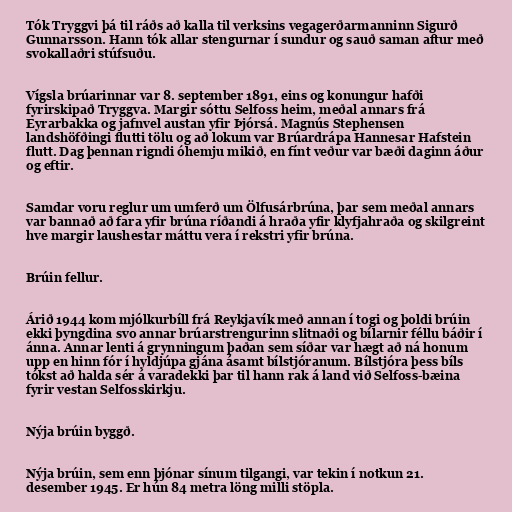
Tók Tryggvi þá til ráðs að kalla til verksins vegagerðarmanninn Sigurð
Gunnarsson. Hann tók allar stengurnar í sundur og sauð saman aftur með
svokallaðri stúfsuðu.

Vígsla brúarinnar var 8. september 1891, eins og konungur hafði
fyrirskipað Tryggva. Margir sóttu Selfoss heim, meðal annars frá
Eyrarbakka og jafnvel austan yfir Þjórsá. Magnús Stephensen
landshöfðingi flutti tölu og að lokum var Brúardrápa Hannesar Hafstein
flutt. Dag þennan rigndi óhemju mikið, en fínt veður var bæði daginn áður
og eftir.

Samdar voru reglur um umferð um Ölfusárbrúna, þar sem meðal annars
var bannað að fara yfir brúna ríðandi á hraða yfir klyfjahraða og skilgreint
hve margir laushestar máttu vera í rekstri yfir brúna.

Brúin fellur.

Árið 1944 kom mjólkurbíll frá Reykjavík með annan í togi og þoldi brúin
ekki þyngdina svo annar brúarstrengurinn slitnaði og bílarnir féllu báðir í
ánna. Annar lenti á grynningum þaðan sem síðar var hægt að ná honum
upp en hinn fór í hyldjúpa gjána ásamt bílstjóranum. Bílstjóra þess bíls
tókst að halda sér á varadekki þar til hann rak á land við Selfoss-bæina
fyrir vestan Selfosskirkju.

Nýja brúin byggð.

Nýja brúin, sem enn þjónar sínum tilgangi, var tekin í notkun 21.
desember 1945. Er hún 84 metra löng milli stöpla.